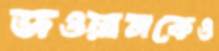
জওয়ানকেও